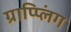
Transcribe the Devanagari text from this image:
ग्राप्प्लिंग